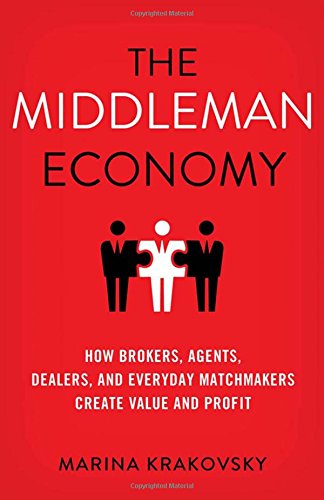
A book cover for The Middleman Economy: How Brokers, Agents, Dealers, and Everyday Matchmakers Create Value and Profit; Marina Krakovsky; Business & Money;